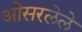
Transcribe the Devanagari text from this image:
ओसरलेले